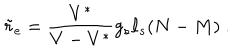
{ \tilde { r } } _ { \mathrm { e } } = { \frac { V ^ { * } } { V - V ^ { * } } } g _ { s } \ell _ { s } ( N - M ) \ .